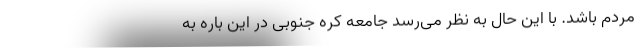
مردم باشد. با این حال به نظر می‌رسد جامعه کره جنوبی در این باره به